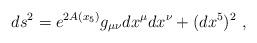
LaTeX: \begin{align*} ds^2=e^{2A(x_5)}g_{\mu\nu}dx^\mu dx^\nu+(dx^5)^2~,\end{align*}